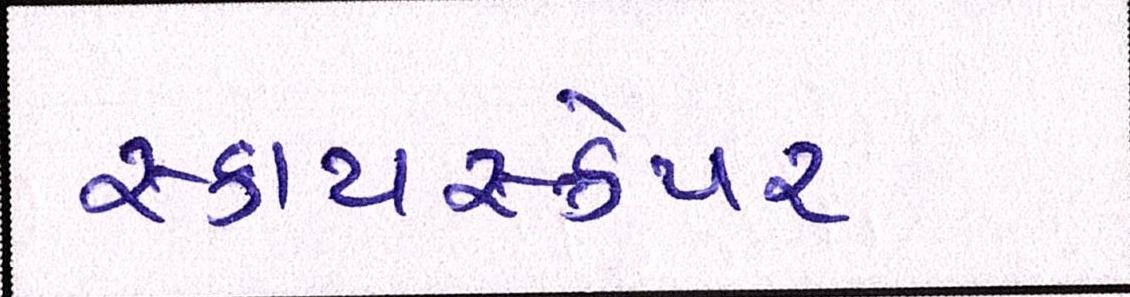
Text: સ્કાયસ્ક્રેપર